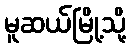
မူဆယ်မြို့သို့